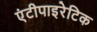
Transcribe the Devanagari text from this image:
एंटीपाइरेटिक